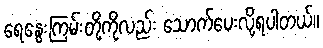
ရေနွေးကြမ်းတို့ကိုလည်း သောက်ပေးလို့ရပါတယ်။